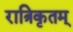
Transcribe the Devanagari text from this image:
रात्रिकृतम्‌